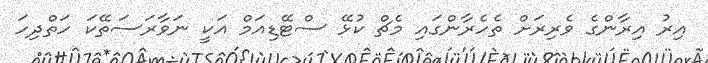
އިރު އިރާންގެ ވެރިރަށް ތެހެރާންގައި މެޗް ކުޅޭ ސްޓޭޑިއަމް އަކީ ނަވާރަސަތޭކަ ހަތްދިހަ